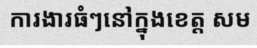
ការងារធំៗនៅក្នុងខេត្ត សម